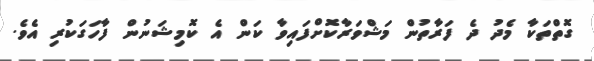
ގޮތްތަކާ މެދު ދެ ފަރާތުން މަޝްވަރާކޮށްފައިވާ ކަން އެ ކޮމިޝަނުން ފާހަގަކުރި އެވެ.